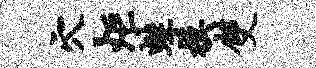
穴炬蛙模双